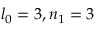
l _ { 0 } = 3 , n _ { 1 } = 3